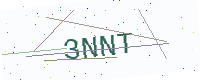
Text: 3NNT